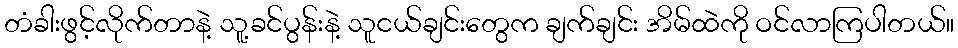
တံခါးဖွင့်လိုက်တာနဲ့ သူ့ခင်ပွန်းနဲ့ သူငယ်ချင်းတွေက ချက်ချင်း အိမ်ထဲကို ဝင်လာကြပါတယ်။